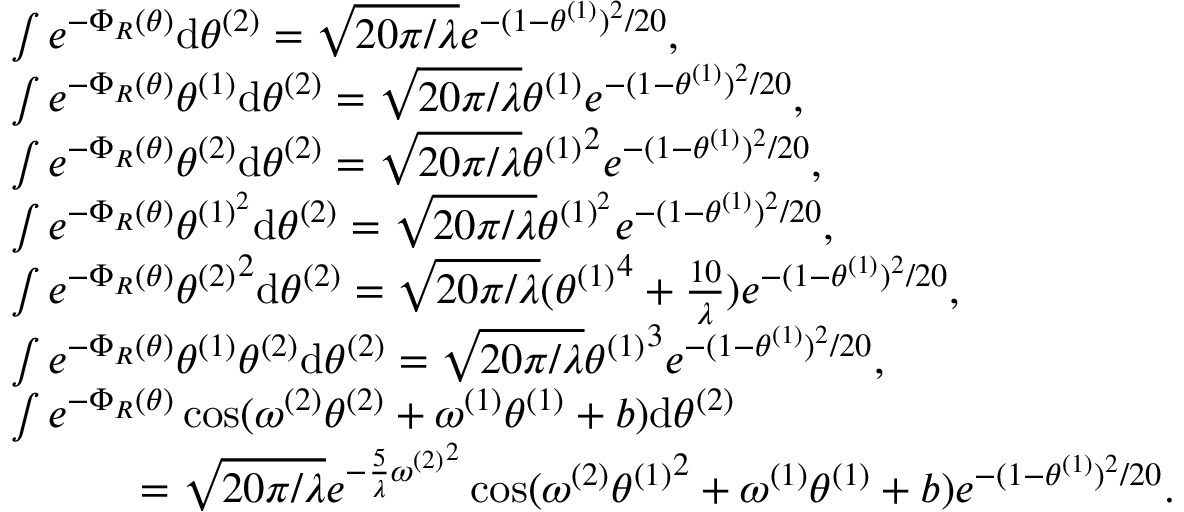
\begin{array} { r l } & { \int e ^ { - \Phi _ { R } ( \theta ) } \mathrm { d } { \theta ^ { ( 2 ) } } = \sqrt { 2 0 \pi / \lambda } e ^ { - ( 1 - { \theta ^ { ( 1 ) } } ) ^ { 2 } / 2 0 } , } \\ & { \int e ^ { - \Phi _ { R } ( \theta ) } { \theta ^ { ( 1 ) } } \mathrm { d } { \theta ^ { ( 2 ) } } = \sqrt { 2 0 \pi / \lambda } { \theta ^ { ( 1 ) } } e ^ { - ( 1 - { \theta ^ { ( 1 ) } } ) ^ { 2 } / 2 0 } , } \\ & { \int e ^ { - \Phi _ { R } ( \theta ) } { \theta ^ { ( 2 ) } } \mathrm { d } { \theta ^ { ( 2 ) } } = \sqrt { 2 0 \pi / \lambda } { \theta ^ { ( 1 ) } } ^ { 2 } e ^ { - ( 1 - { \theta ^ { ( 1 ) } } ) ^ { 2 } / 2 0 } , } \\ & { \int e ^ { - \Phi _ { R } ( \theta ) } { \theta ^ { ( 1 ) ^ { 2 } } } \mathrm { d } { \theta ^ { ( 2 ) } } = \sqrt { 2 0 \pi / \lambda } { \theta ^ { ( 1 ) ^ { 2 } } } e ^ { - ( 1 - { \theta ^ { ( 1 ) } } ) ^ { 2 } / 2 0 } , } \\ & { \int e ^ { - \Phi _ { R } ( \theta ) } { \theta ^ { ( 2 ) } } ^ { 2 } \mathrm { d } { \theta ^ { ( 2 ) } } = \sqrt { 2 0 \pi / \lambda } ( { \theta ^ { ( 1 ) } } ^ { 4 } + \frac { 1 0 } { \lambda } ) e ^ { - ( 1 - { \theta ^ { ( 1 ) } } ) ^ { 2 } / 2 0 } , } \\ & { \int e ^ { - \Phi _ { R } ( \theta ) } { \theta ^ { ( 1 ) } \theta ^ { ( 2 ) } } \mathrm { d } { \theta ^ { ( 2 ) } } = \sqrt { 2 0 \pi / \lambda } { \theta ^ { ( 1 ) } } ^ { 3 } e ^ { - ( 1 - { \theta ^ { ( 1 ) } } ) ^ { 2 } / 2 0 } , } \\ & { \int e ^ { - \Phi _ { R } ( \theta ) } \cos ( { \omega ^ { ( 2 ) } } { \theta ^ { ( 2 ) } } + { \omega ^ { ( 1 ) } } { \theta ^ { ( 1 ) } } + b ) \mathrm { d } { \theta ^ { ( 2 ) } } } \\ & { \quad \quad \quad = \sqrt { 2 0 \pi / \lambda } e ^ { - \frac { 5 } { \lambda } { \omega ^ { ( 2 ) } } ^ { 2 } } \cos ( { \omega ^ { ( 2 ) } } { \theta ^ { ( 1 ) } } ^ { 2 } + { \omega ^ { ( 1 ) } } { \theta ^ { ( 1 ) } } + b ) e ^ { - ( 1 - { \theta ^ { ( 1 ) } } ) ^ { 2 } / 2 0 } . } \end{array}